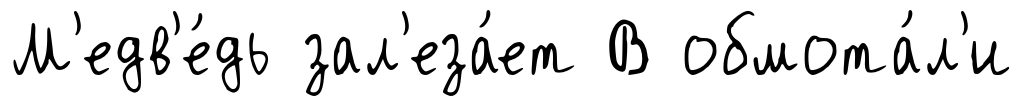
М'едв'е́дь зал'еза́ет В обмота́л'и